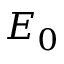
E _ { 0 }